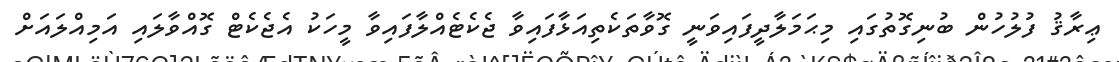
ޢިރާޤު ފުލުހުން ބުނިގޮތުގައި މިޙަމަލާދީފައިވަނީ ގޮވާތަކެތިއަޅާފައިވާ ޖެކެޓެއްލާފައިވާ މީހަކު އެޖެކެޓް ގޮއްވާލައި އަމިއްލައަށް